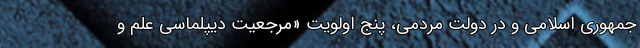
جمهوری اسلامی و در دولت مردمی، پنج اولویت «مرجعیت دیپلماسی علم و